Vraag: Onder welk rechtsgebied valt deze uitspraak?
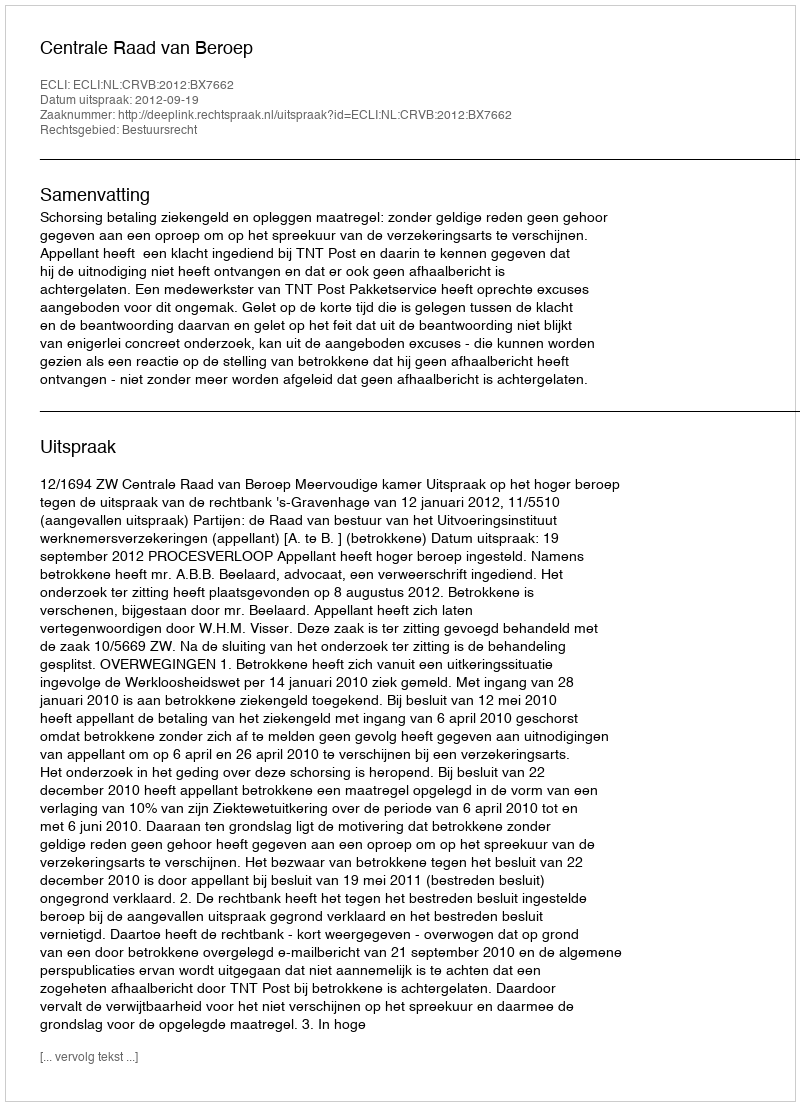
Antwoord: Bestuursrecht